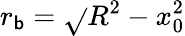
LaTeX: r_{\mathsf{b}}=\sqrt{}{{R^{2}-x_{0}^{2}}}